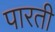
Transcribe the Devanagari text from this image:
पारती